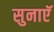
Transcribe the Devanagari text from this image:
सुनाएॅ